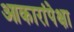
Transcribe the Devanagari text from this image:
आकारांपेक्षा